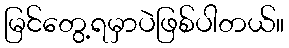
မြင်တွေ့ရမှာပဲဖြစ်ပါတယ်။